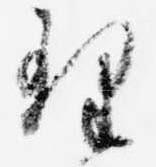
理